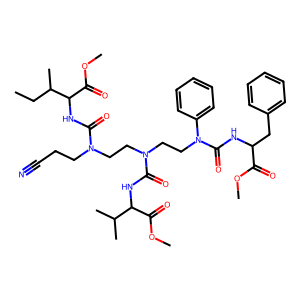
SMILES: CCC(C)C(NC(=O)N(CCC#N)CCN(CCN(C(=O)NC(Cc1ccccc1)C(=O)OC)c1ccccc1)C(=O)NC(C(=O)OC)C(C)C)C(=O)OC
Inhibits HIV replication: No